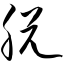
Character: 脱